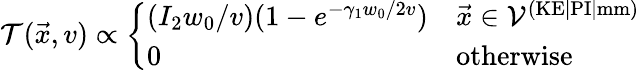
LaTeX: \mathcal{T}(\vec{x},v)\propto\left\{ \begin{array}{ll}{(I_{2}w_{0}/v)(1-e^{-\gamma_{1}w_{0}/2v})}&{\vec{x}\in\mathcal{V}^{(\textrm{KE|PI|mm})}}\\ {0}&{\mathrm{otherwise}}\end{array}\right.